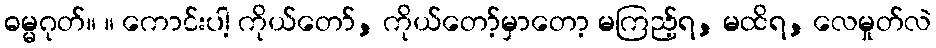
ဓမ္မဂုတ်။ ။ ကောင်းပါ့ ကိုယ်တော်, ကိုယ်တော့်မှာတော့ မကြည့်ရ, မထိရ, လေမှုတ်လဲ